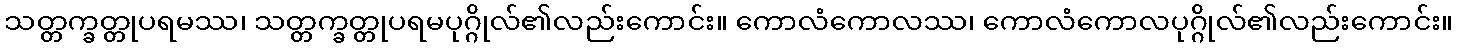
သတ္တက္ခတ္တုပရမဿ၊ သတ္တက္ခတ္တုပရမပုဂ္ဂိုလ်၏လည်းကောင်း။ ကောလံကောလဿ၊ ကောလံကောလပုဂ္ဂိုလ်၏လည်းကောင်း။